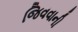
જિવવાની